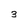
Character: 3